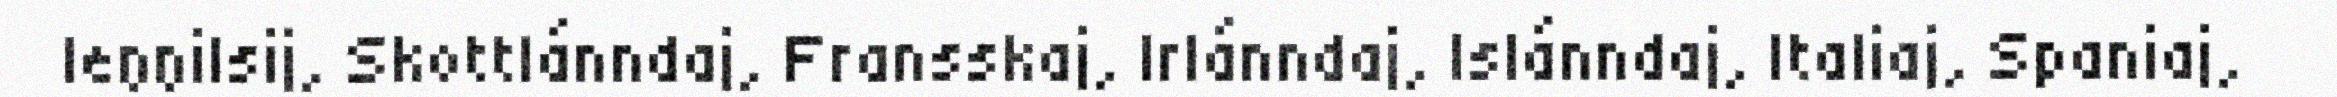
Ieŋŋilsij, Skottlánndaj, Fransskaj, Irlánndaj, Islánndaj, Italiaj, Spaniaj,